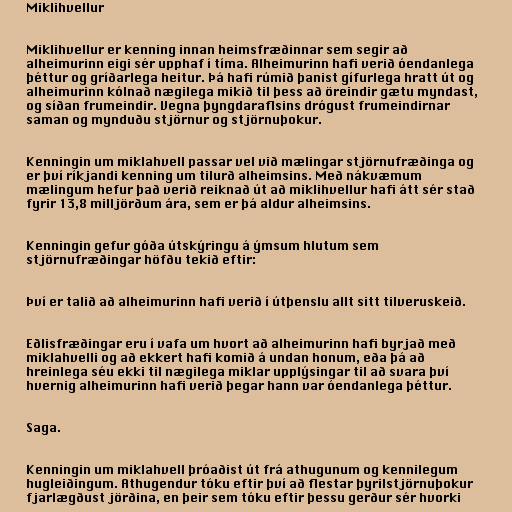
Miklihvellur

Miklihvellur er kenning innan heimsfræðinnar sem segir að
alheimurinn eigi sér upphaf í tíma. Alheimurinn hafi verið óendanlega
þéttur og gríðarlega heitur. Þá hafi rúmið þanist gífurlega hratt út og
alheimurinn kólnað nægilega mikið til þess að öreindir gætu myndast,
og síðan frumeindir. Vegna þyngdaraflsins drógust frumeindirnar
saman og mynduðu stjörnur og stjörnuþokur.

Kenningin um miklahvell passar vel við mælingar stjörnufræðinga og
er því ríkjandi kenning um tilurð alheimsins. Með nákvæmum
mælingum hefur það verið reiknað út að miklihvellur hafi átt sér stað
fyrir 13,8 milljörðum ára, sem er þá aldur alheimsins.

Kenningin gefur góða útskýringu á ýmsum hlutum sem
stjörnufræðingar höfðu tekið eftir:

Því er talið að alheimurinn hafi verið í útþenslu allt sitt tilveruskeið.

Eðlisfræðingar eru í vafa um hvort að alheimurinn hafi byrjað með
miklahvelli og að ekkert hafi komið á undan honum, eða þá að
hreinlega séu ekki til nægilega miklar upplýsingar til að svara því
hvernig alheimurinn hafi verið þegar hann var óendanlega þéttur.

Saga.

Kenningin um miklahvell þróaðist út frá athugunum og kennilegum
hugleiðingum. Athugendur tóku eftir því að flestar þyrilstjörnuþokur
fjarlægðust jörðina, en þeir sem tóku eftir þessu gerður sér hvorki